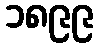
၁၈၉၉